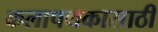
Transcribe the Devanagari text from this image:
कलापथकासाठी